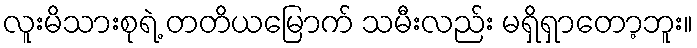
လူးမိသားစုရဲ့ တတိယမြောက် သမီးလည်း မရှိရှာတော့ဘူး။